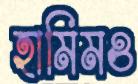
হামিমও